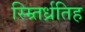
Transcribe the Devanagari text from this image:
स्म्र्तिर्ध्रतिह